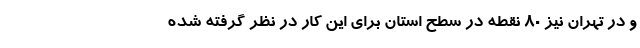
و در تهران نیز ۸۰ نقطه در سطح استان برای این کار در نظر گرفته شده